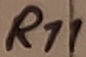
Text: R11